Civil Veterinary Dept. Assam report 1927-50 - 1927-1950
Year: 1927
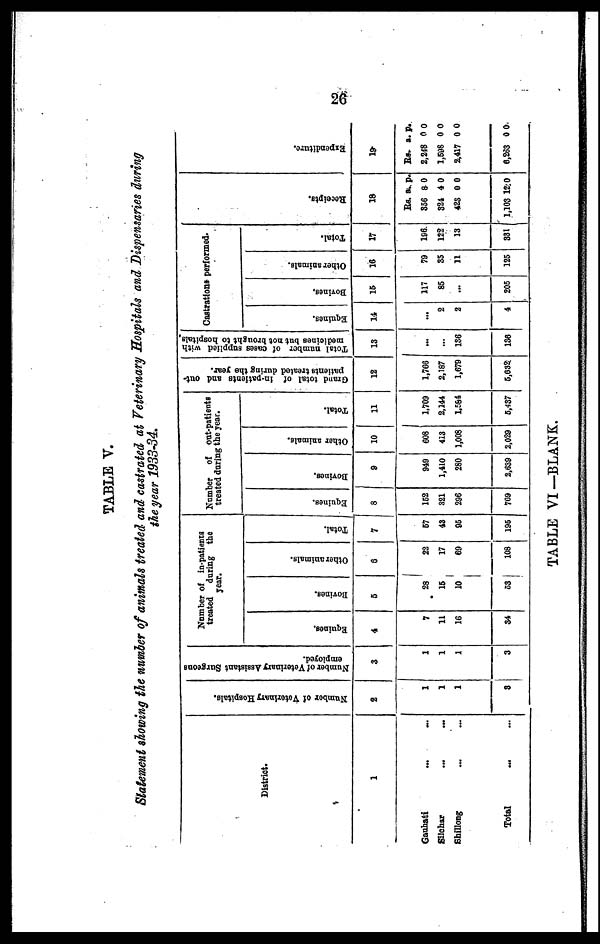
26
TABLE V.
Statement showing the number of animals treated and castrated at Veterinary Hospitals and Dispensaries during
the year 1933-34.
District.
1
Gauhati ... ...
Silchar ... ...
Shillong ... ...
Total ... ...
Number of Veterinary Hospitals.
2
1
1
1
8
Number of Veterinary Assistant Surgeons
employed.
3
1
1
1
3
Number of in-patients
treated
daring the
year.
Equines.
4
7
11
16
34
Bovines.
5
28
15
10
53
Other animals.
6
22
17
69
108
Total.
7
67
43
05
196
Number of out-patients
treated during the year.
Equities.
8
152
321
296
769
Bovines.
9
949
1,410
280
2,639
Other animals.
10
608
413
1,008
2,029
Total.
11
1,709
2,144
1,584
5,437
Grand total of in-patients and out-
patients treated during the year.
12
1,766
2,187
1,679
5,632
Total number of cases supplied with
medicines but not brought to hospitals.
13
...
...
136
136
Castrations performed.
Equines.
14
...
2
2
4
Bovines.
15
117
85
...
205
Other animals.
16
79
35
11
125
Total.
17
196
122
13
331
Recei pt s .
18
Rs. a. p.
356 8 0
824 4 0
425 0 0
1,103 12:0
Expenditure.
19
Rs. a. p.
2,248 0 0
1,598 0 0
2,417 0 0
6,263 0 0
TABLE VI—BLANK.